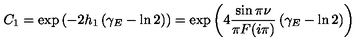
C _ { 1 } = \exp \left( - 2 h _ { 1 } \left( \gamma _ { E } - \ln 2 \right) \right) = \exp \left( 4 \frac { \sin \pi \nu } { \pi F ( i \pi ) } \left( \gamma _ { E } - \ln 2 \right) \right)